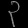
Digit: ၃